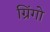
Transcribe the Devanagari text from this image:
ग्रिंगो